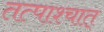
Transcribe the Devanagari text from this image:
तत्पाश्चात्